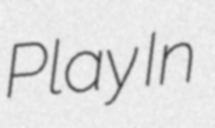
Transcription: Play In